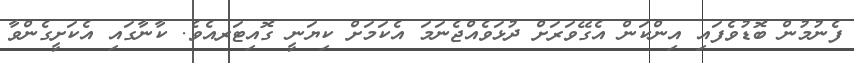
ފެނުމުން ބޮޑުވެފައި އިންކަން އެގޭވަރަށް ދުޅަވެއްޖެނަމަ އެކަމަށް ކިޔަނީ ގޮއިޓަރއެވެ. ކާނާގައި އެކަށީގެންވާ